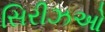
સિરીઝઓ